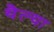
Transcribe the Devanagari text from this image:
थैल्या